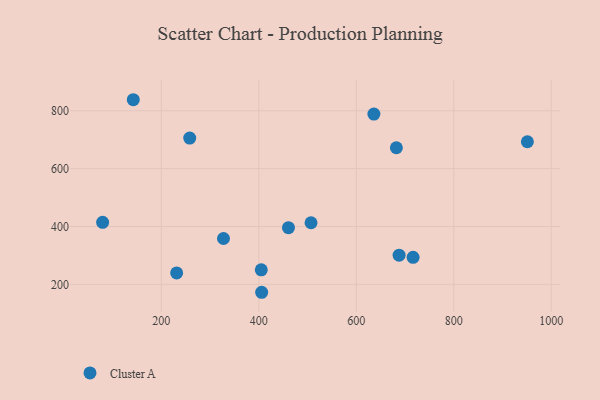
{"axis": {"x": "Study Hours", "y": "Exam Score"}, "legend": ["Cluster A"], "data": [{"x": "716.5", "y": 293.3, "type": "Cluster A"}, {"x": "142.4", "y": 838.2, "type": "Cluster A"}, {"x": "687.8", "y": 300.9, "type": "Cluster A"}, {"x": "327.5", "y": 358.5, "type": "Cluster A"}, {"x": "405.8", "y": 172.5, "type": "Cluster A"}, {"x": "636.1", "y": 788.6, "type": "Cluster A"}, {"x": "79.5", "y": 414.3, "type": "Cluster A"}, {"x": "460.8", "y": 395.7, "type": "Cluster A"}, {"x": "231.4", "y": 239.3, "type": "Cluster A"}, {"x": "405.0", "y": 250.0, "type": "Cluster A"}, {"x": "682.2", "y": 672.1, "type": "Cluster A"}, {"x": "258.2", "y": 705.5, "type": "Cluster A"}, {"x": "951.0", "y": 692.9, "type": "Cluster A"}, {"x": "507.1", "y": 412.9, "type": "Cluster A"}]}